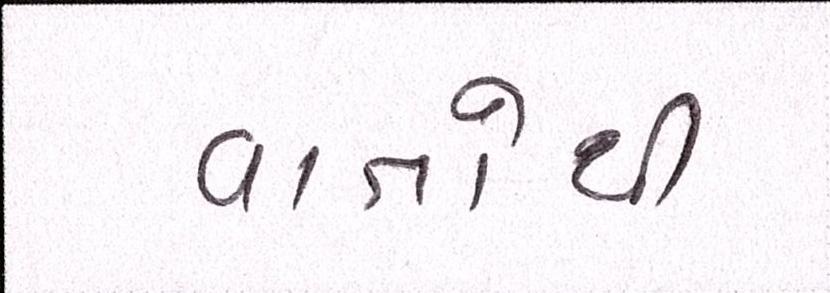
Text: વાતોથી